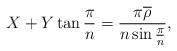
LaTeX: \begin{align*}X+Y\tan \frac \pi n=\frac{\pi \overline \rho}{n \sin \frac \pi n},\end{align*}